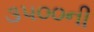
૩૫૦૦ની